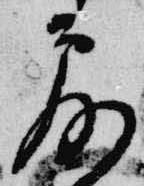
露